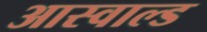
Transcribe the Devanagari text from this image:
आस्वाल्ड